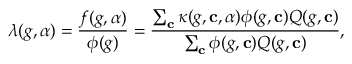
\lambda ( g , \alpha ) = \frac { f ( g , \alpha ) } { \phi ( g ) } = \frac { \sum _ { \mathbf { c } } \kappa ( g , \mathbf { c } , \alpha ) \phi ( g , \mathbf { c } ) Q ( g , \mathbf { c } ) } { \sum _ { \mathbf { c } } \phi ( g , \mathbf { c } ) Q ( g , \mathbf { c } ) } ,